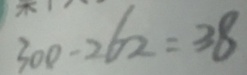
3 0 0 - 2 6 2 = 3 8